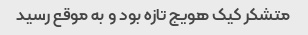
متشکر کیک هویج تازه بود و به موقع رسید